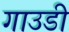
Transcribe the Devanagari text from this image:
गाउडी